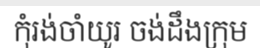
កុំរង់ចាំយូរ ចង់ដឹងក្រុម